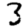
Digit: 3